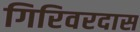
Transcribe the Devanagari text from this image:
गिरिवरदास